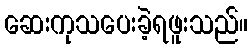
ဆေးကုသပေးခဲ့ရဖူးသည်။